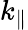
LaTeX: k_{\| }